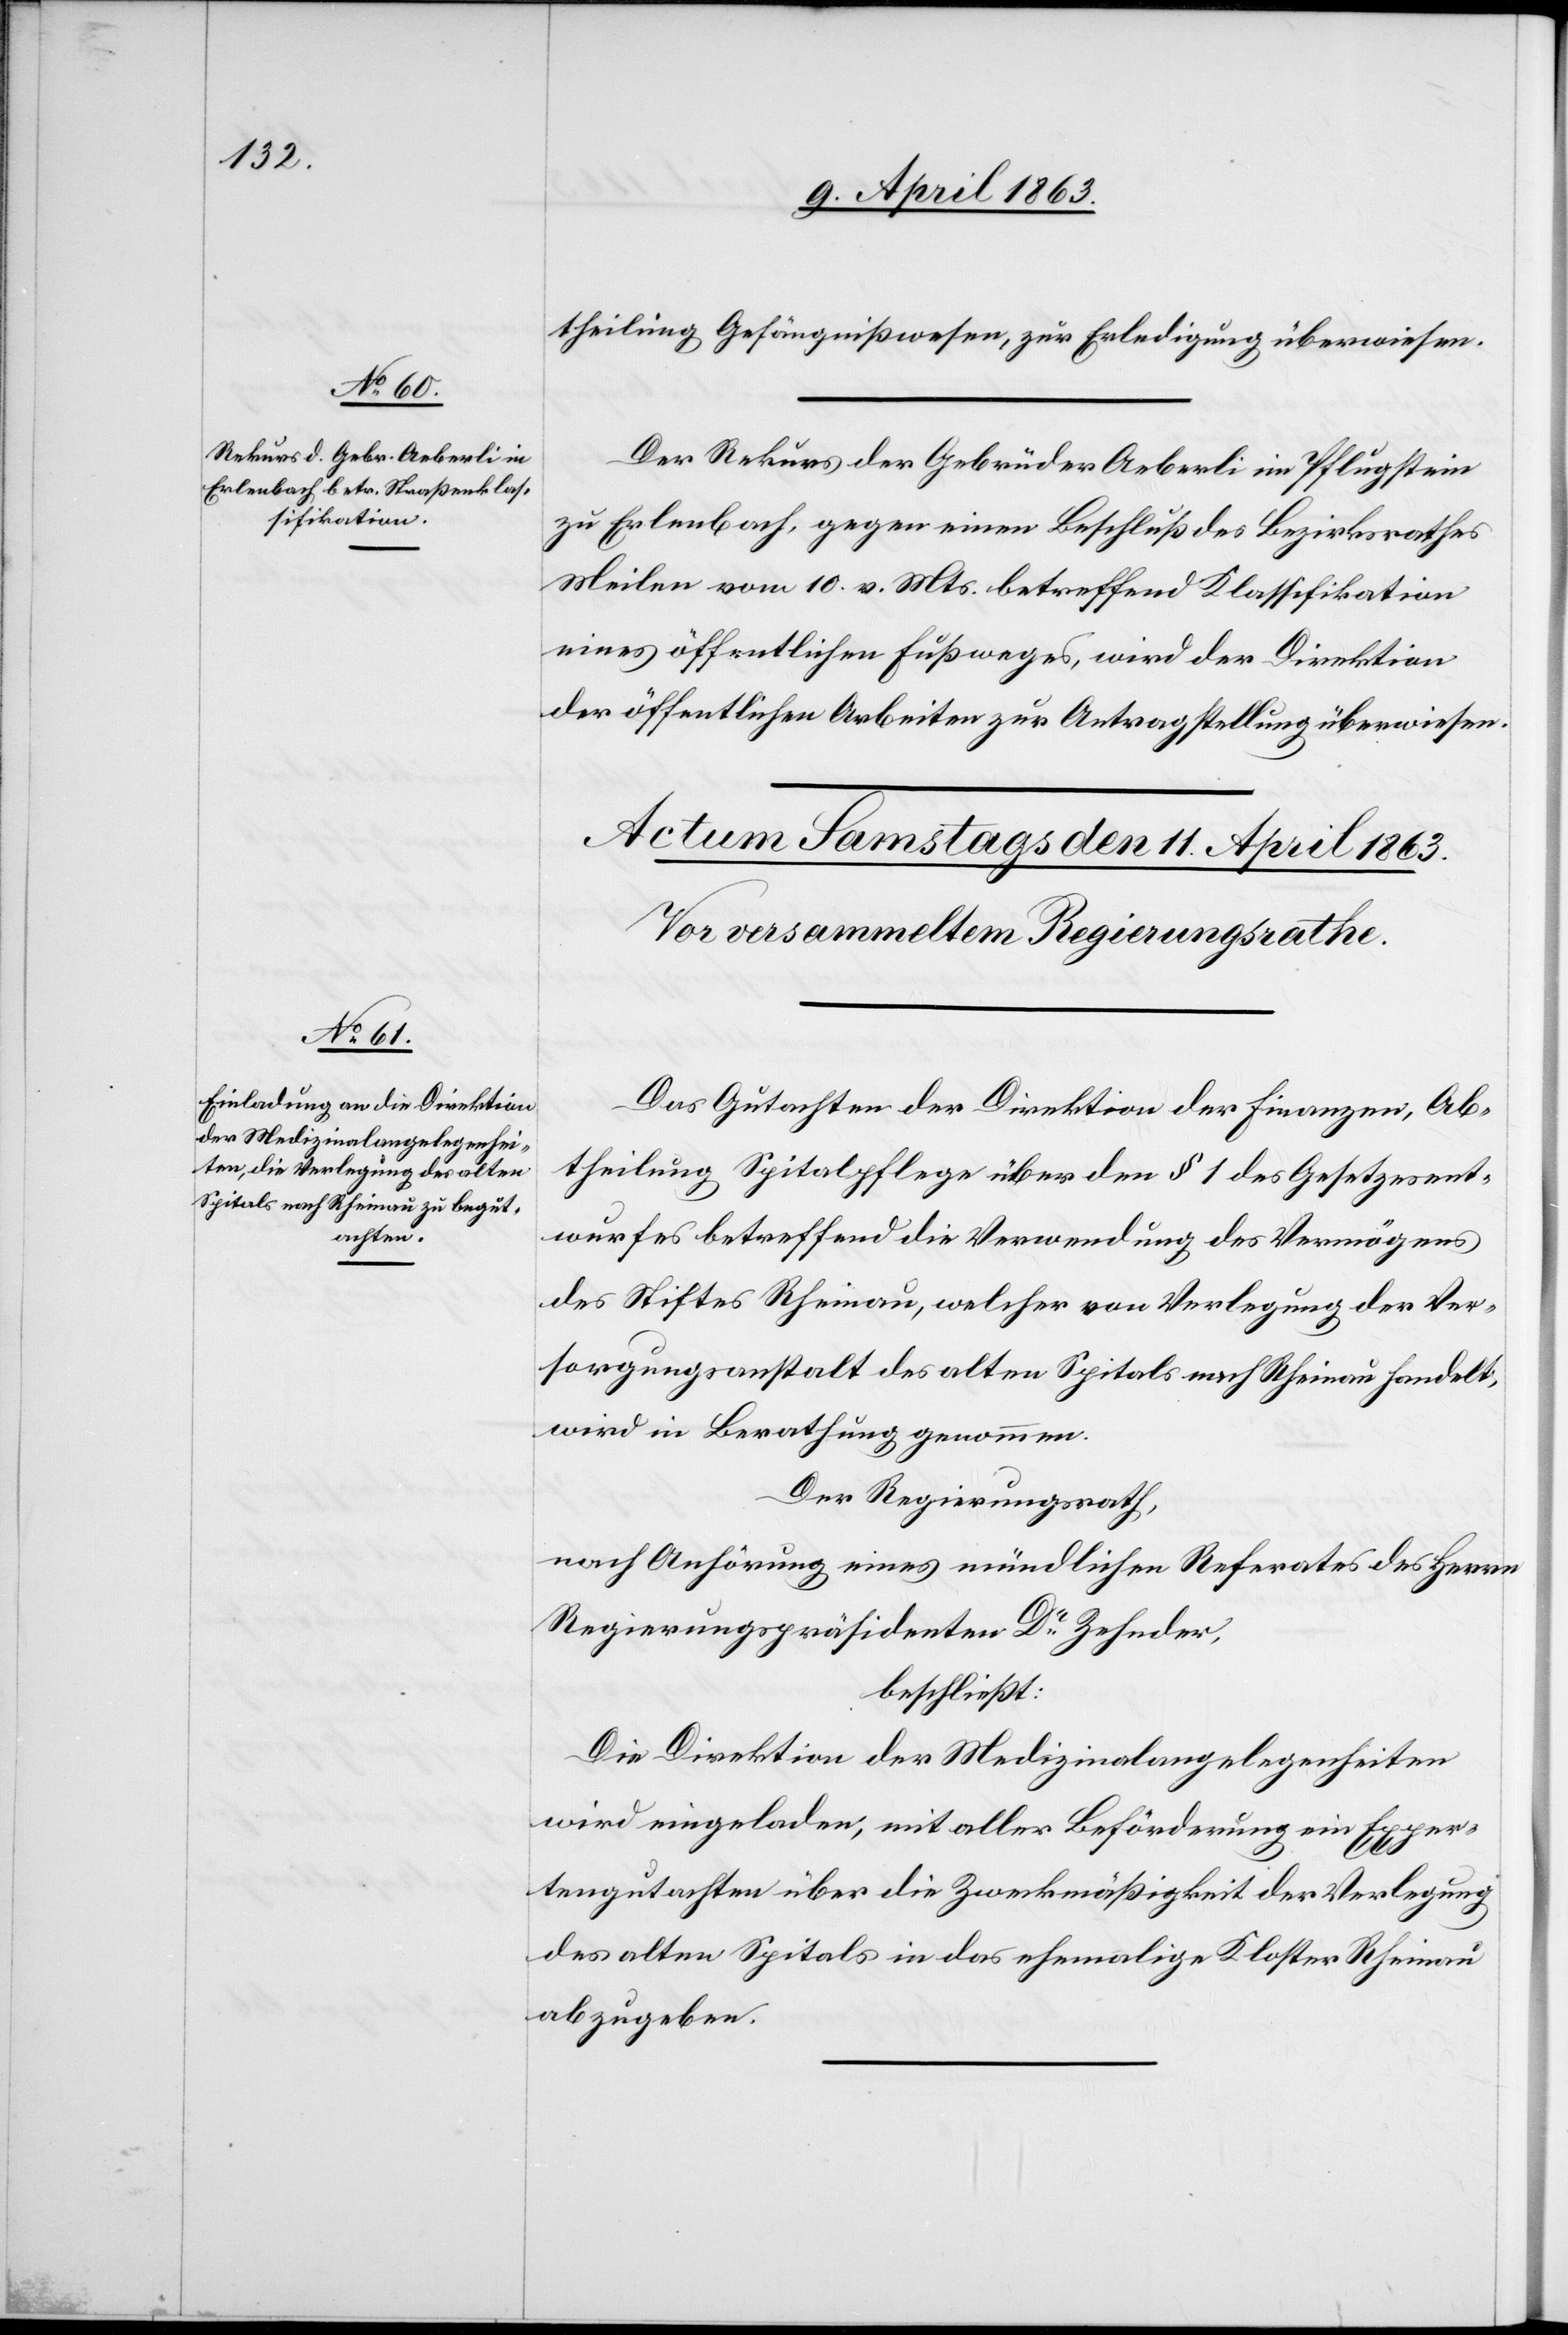
10. April 1863.]
theilung Gefängnißwesen, zur Erledigung überwiesen.
Der Rekurs der Gebrüder Aeberli im Pflugstein
zu Erlenbach, gegen einen Beschluß des Bezirksrathes
Meilen vom 10. v. Mts. betreffend Klassifikation
eines öffentlichen Fußweges, wird der Direktion
der öffentlichen Arbeiten zur Antragstellung überwiesen.
Das Gutachten der Direktion der Finanzen, Ab¬
theilung Spitalpflege über den § 1 des Gesetzesent¬
wurfes betreffend die Verwendung des Vermögens
des Stiftes Rheinau, welcher von Verlegung der Ver¬
sorgungsanstalt des alten Spitals nach Rheinau handelt,
wird in Berathung genommen.
Der Regierungsrath,
nach Anhörung eines mündlichen Referates des Herrn
Regierungspräsidenten Dr Zehnder,
beschließt:
Die Direktion der Medizinalangelegenheiten
wird eingeladen, mit aller Beförderung ein Exper¬
tengutachten über die Zweckmäßigkeit der Verlegung
des alten Spitals in das ehemalige Kloster Rheinau
abzugeben.